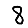
Digit: 8